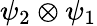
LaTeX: \psi_{2}\otimes\psi_{1}